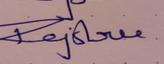
Signature authenticity: genuine